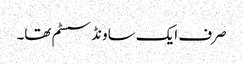
صرف ایک ساونڈ سسٹم تھا۔